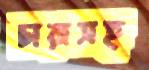
চারাসহ